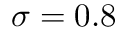
\sigma = 0 . 8